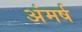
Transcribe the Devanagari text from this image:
अंमर्ष